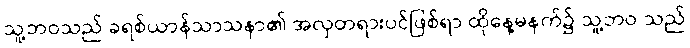
သူ့ဘဝသည် ခရစ်ယာန်သာသနာ၏ အလှတရားပင်ဖြစ်ရာ ထိုနေ့မနက်၌ သူ့ဘဝ သည်